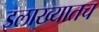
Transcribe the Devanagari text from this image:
इलाख्यातच